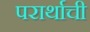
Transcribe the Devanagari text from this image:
परार्थाची